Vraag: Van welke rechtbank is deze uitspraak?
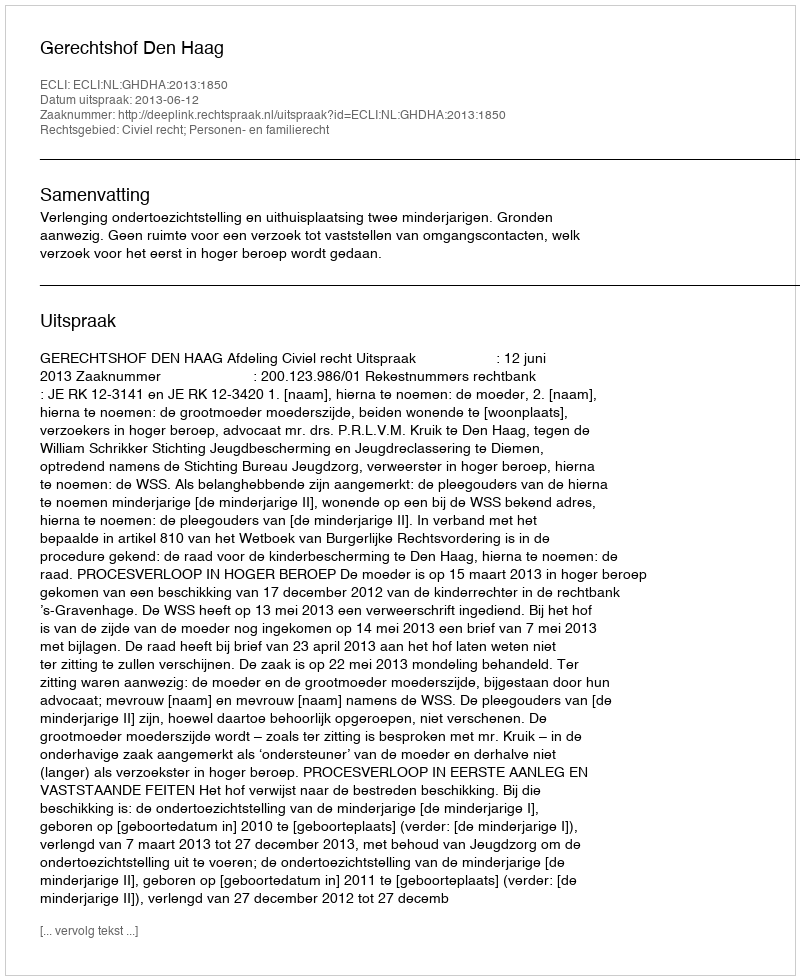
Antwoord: Gerechtshof Den Haag